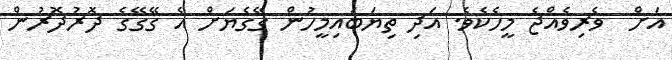
އަށް  ވެރިވެއްޖެ މީހެކެވެ. އަދި ތިޔަބައިމީހުން ގޭގެޔަށް އެ ގޭގޭގެ ދޮރުދޮރުން